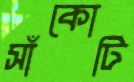
সাঁকোটি